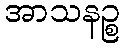
အာသနဉ္စ